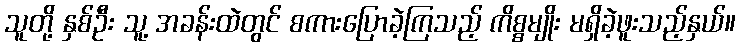
သူတို့ နှစ်ဦး သူ့ အခန်းထဲတွင် စကားပြောခဲ့ကြသည့် ကိစ္စမျိုး မရှိခဲ့ဖူးသည့်နှယ်။